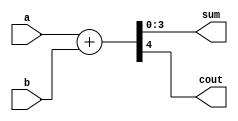
// Listing 3.10
module adder_carry_local_par
   (
    input wire [3:0] a, b,
    output wire [3:0] sum,
    output wire cout  // carry-out
   );

   // constant declaration
   localparam N = 4,
              N1 = N-1;

   // signal declaration
   wire [N:0] sum_ext;

   //body
   assign sum_ext = {1'b0, a} + {1'b0, b};
   assign sum = sum_ext[N1:0];
   assign cout= sum_ext[N];

endmodule